Annual vaccination report of Bihar and Orissa - 1911-1928
Year: 1911
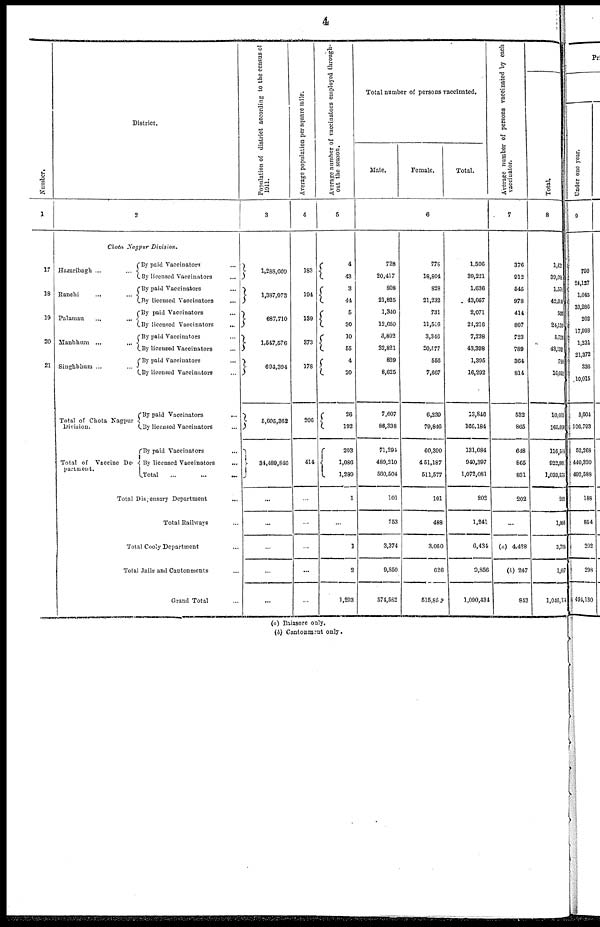
4
Number.
1
17
18
19
20
21
District.
2
Chota Nagpur Division.
Hazaribagh ...
...
Ranchi
...
...
Palamau
...
...
Manbhum ...
...
Singhbhum ...
...
Total of Chota Nagpur
Division.
Total of Vaccine De¬
partment.
By paid Vaccinators ...
By licensed Vaccinators ...
By paid Vaccinators ...
By licensed Vaccinators ...
By paid Vaccinators ...
By licensed Vaccinators ...
By paid Vaccinators ...
By licensed Vaccinators ...
By paid Vaccinators ...
By licensed Vaccinators ...
By paid Vaccinators
...
By licensed Vaccinators ...
By paid Vaccinators ...
By licensed Vaccinators ...
Total
...
Total Dispensary Department ...
Total Railways ...
Total Cooly Department ...
Total Jails and Cantonments ...
Grand Total ...
Population of district according to the census of
1911.
3
1,288,609
1,387,073
687,710
1,547,576
694,394
5,605,362
34,489,846
...
...
...
...
...
Average population per square mile.
4
183
104
139
373
178
206
414
...
...
...
...
...
Average number of vaccinators employed through-
out the season.
5
4
43
3
44
5
30
10
55
4
20
26
192
203
1,086
1,289
1
...
1
2
1,293
Total number of persons vaccinated.
Male.
Female.
Total.
6
728
20,417
808
21,825
1,340
12,650
3,892
22,821
839
8,625
7,607
86,338
71,294
489,210
560,504
101
753
3,374
9,850
574,582
778
18,804
828
21,232
731
11,506
3,346
20,577
556
7,667
6,239
79,846
60,390
451,187
511,577
101
488
3,060
626
515,852
1,506
39,221
1,636
43,057
2,071
24,216
7,238
43,398
1,395
16,292
13,846
166,184
131,684
940,397
1,072,081
202
1,241
6,434
9,856
1,090,434
Average number of persons vaccinated by each
vaccinator.
7
376
912
545
978
414
807
723
789
364
814
532
865
648
865
831
202
...
(a) 4,428
(b) 247
843
Total.
8
1, 425
39,091
1,570
42,640
503
24,135
5,726
43,132
786
16,052
10,011
165,050
116,584
922,991
1,039,575
202
1,006
3,704
1,667
1,046,154
(a) Baiasore only.
(b) Cantonment only.